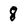
Character: 8